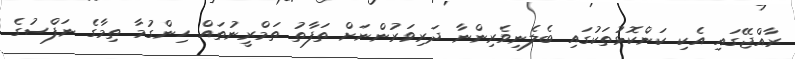
ރާއްޖޭގައި އެކި ކަންކޮޅުތަކުގައި ބެލެނިވެރިންނާ ދަރިވަރުންނަށް ތަފާތު ތަމްރީނުތައް ހިންގުމާ ތިމާގެ ނަފްސުގެ